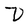
Character: D